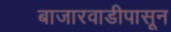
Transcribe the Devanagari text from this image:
बाजारवाडीपासून